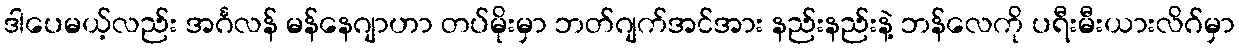
ဒါပေမယ့်လည်း အင်္ဂလန် မန်နေဂျာဟာ တပ်မိုးမှာ ဘတ်ဂျက်အင်အား နည်းနည်းနဲ့ ဘန်လေကို ပရီးမီးယားလိဂ်မှာ